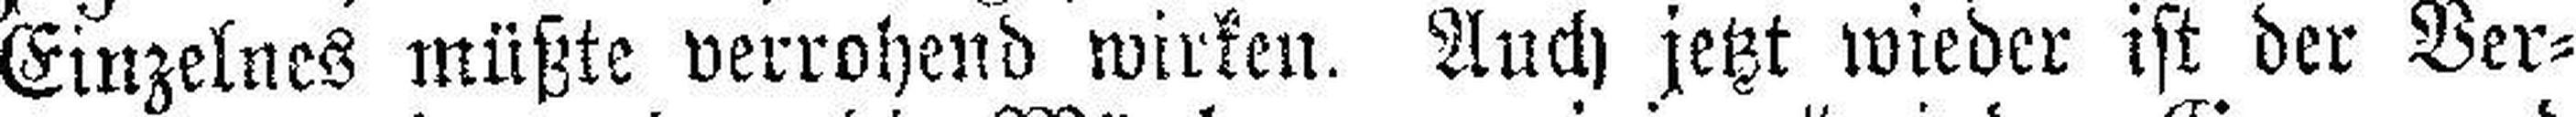
Einzelnes müßte verrohend wirken. Auch jetzt wieder ist der Ver¬